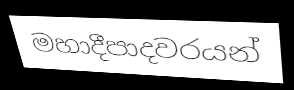
මහාදීපාදවරයන්